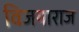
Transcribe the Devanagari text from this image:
विजयाराज